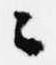
々